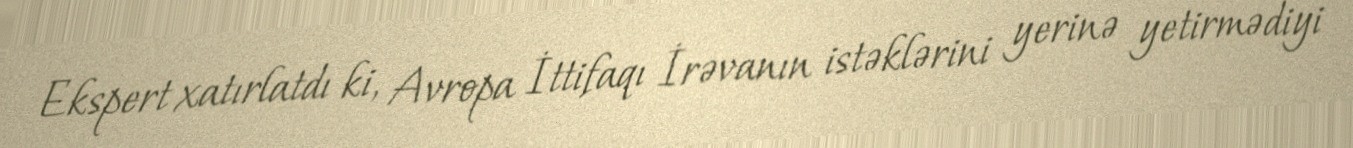
Ekspert xatırlatdı ki, Avropa İttifaqı İrəvanın istəklərini yerinə yetirmədiyi